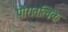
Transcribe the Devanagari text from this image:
पौरातत्विक